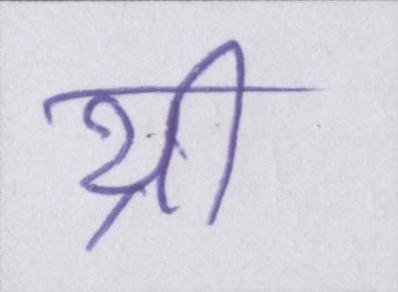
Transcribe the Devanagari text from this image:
थ्री